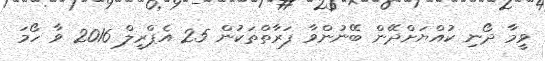
ވީމާ ދޯނި ކުއްޔަށްދޭން ބޭނުންވާ ފަރާތްތަކުން 25 އެޕްރީލް 2016 ވާ ހޯމަ